Insane asylums in Bengal annual reports 1867-1875 - 1867-1875
Year: 1867
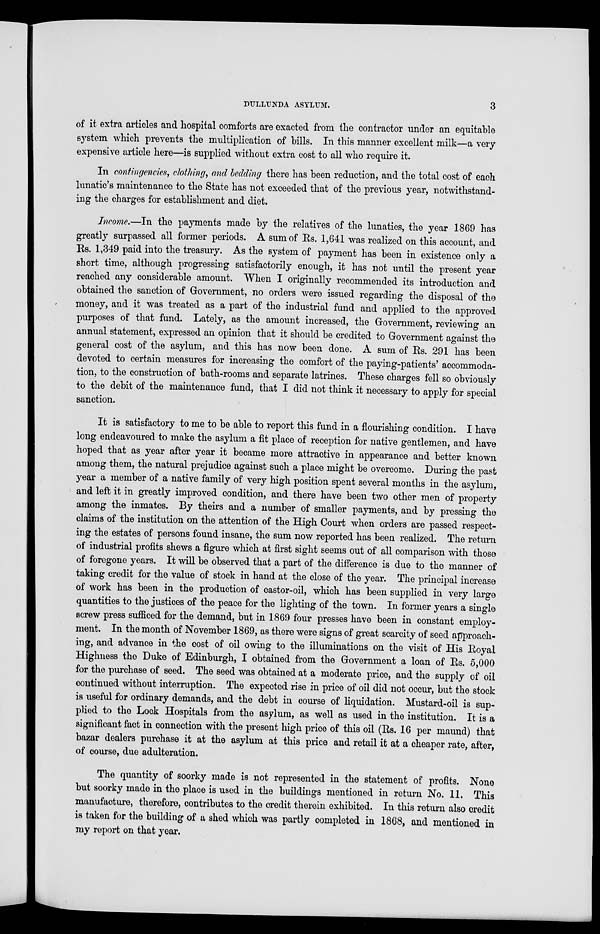
DULLUNDA ASYLUM.
3
of it extra articles and hospital comforts are exacted from the contractor under an equitable
system which prevents the multiplication of bills. In this manner excellent milk—a very
expensive article here—is supplied without extra cost to all who require it.
In contingencies, clothing, and bedding there has been reduction, and the total cost of each
lunatic's maintenance to the State has not exceeded that of the previous year, notwithstand-
ing the charges for establishment and diet.
Income.—In the payments made by the relatives of the lunatics, the year 1869 has
greatly surpassed all former periods. A sum of Rs. 1,641 was realized on this account, and
Rs. 1,349 paid into the treasury. As the system of payment has been in existence only a
short time, although progressing satisfactorily enough, it has not until the present year
reached any considerable amount. When I originally recommended its introduction and
obtained the sanction of Government, no orders were issued regarding the disposal of the
money, and it was treated as a part of the industrial fund and applied to the approved
purposes of that fund. Lately, as the amount increased, the Government, reviewing an
annual statement, expressed an opinion that it should be credited to Government against the
general cost of the asylum, and this has now been done. A sum of Rs. 291 has been
devoted to certain measures for increasing the comfort of the paying-patients' accommoda-
tion, to the construction of bath-rooms and separate latrines. These charges fell so obviously
to the debit of the maintenance fund, that I did not think it necessary to apply for special
sanction.
It is satisfactory to me to be able to report this fund in a flourishing condition. I have
long endeavoured to make the asylum a fit place of reception for native gentlemen, and have
hoped that as year after year it became more attractive in appearance and better known
among them, the natural prejudice against such a place might be overcome. During the past
year a member of a native family of very high position spent several months in the asylum,
and left it in greatly improved condition, and there have been two other men of property
among the inmates. By theirs and a number of smaller payments, and by pressing the
claims of the institution on the attention of the High Court when orders are passed respect-
ing the estates of persons found insane, the sum now reported has been realized. The return
of industrial profits shews a figure which at first sight seems out of all comparison with those
of foregone years. It will be observed that a part of the difference is due to the manner of
taking credit for the value of stock in hand at the close of the year. The principal increase
of work has been in the production of castor-oil, which has been supplied in very large
quantities to the justices of the peace for the lighting of the town. In former years a single
screw press sufficed for the demand, but in 1869 four presses have been in constant employ-
ment. In the month of November 1869, as there were signs of great scarcity of seed approach-
ing, and advance in the cost of oil owing to the illuminations on the visit of His Royal
Highness the Duke of Edinburgh, I obtained from the Government a loan of Rs. 5,000
for the purchase of seed. The seed was obtained at a moderate price, and the supply of oil
continued without interruption. The expected rise in price of oil did not occur, but the stock
is useful for ordinary demands, and the debt in course of liquidation. Mustard-oil is sup-
plied to the Lock Hospitals from the asylum, as well as used in the institution. It is a
significant fact in connection with the present high price of this oil (Rs. 16 per maund) that
bazar dealers purchase it at the asylum at this price and retail it at a cheaper rate, after,
of course, due adulteration.
The quantity of soorky made is not represented in the statement of profits. None
but soorky made in the place is used in the buildings mentioned in return No. 11. This
manufacture, therefore, contributes to the credit therein exhibited. In this return also credit
is taken for the building of a shed which was partly completed in 1868, and mentioned in
my report on that year.